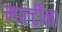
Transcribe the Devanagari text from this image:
माल्टींना